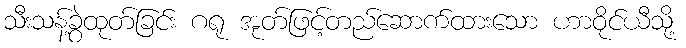
သီးသန့်ခွဲထုတ်ခြင်း ဂရု အုတ်ဖြင့်တည်ဆောက်ထားသော ဟာဝိုင်ယီသို့